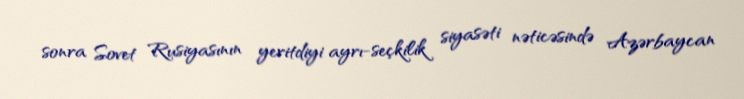
sonra Sovet Rusiyasının yeritdiyi ayrı-seçkilik siyasəti nəticəsində Azərbaycan